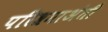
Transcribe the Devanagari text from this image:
परिश्रमाअंती